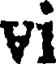
vi